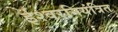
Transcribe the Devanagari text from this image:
ईश्वरनियंत्रित